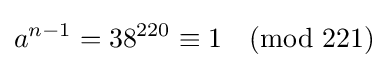
a^{n-1}=38^{220}\equiv 1{\pmod {221}}